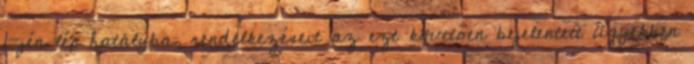
1-jén lép hatályba, rendelkezéseit az ezt követően bejelentett ügyekben